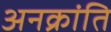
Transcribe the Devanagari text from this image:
अनक्रांति